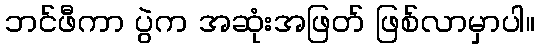
ဘင်ဖီကာ ပွဲက အဆုံးအဖြတ် ဖြစ်လာမှာပါ။